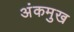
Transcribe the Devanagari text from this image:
अंकमुख